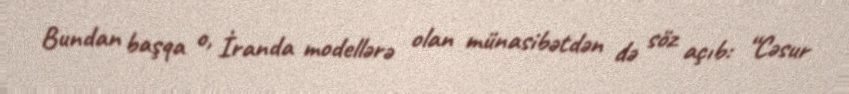
Bundan başqa o, İranda modellərə olan münasibətdən də söz açıb: “Cəsur